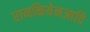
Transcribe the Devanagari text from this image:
रामकियेनआदि